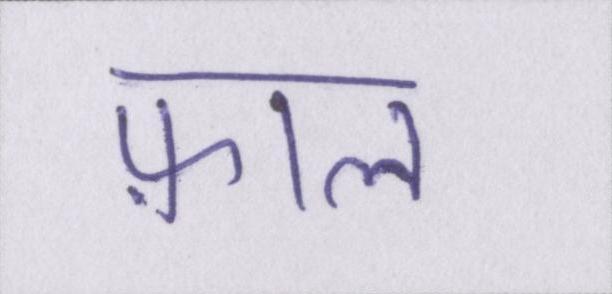
फ़ाल